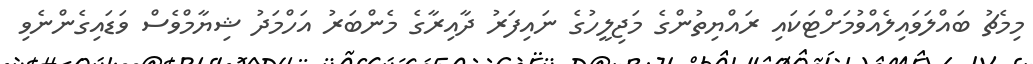
މިމެޗު ބައްލަވައިލެއްވުމަށްޓަކައި ރައްޔިތުންގެ މަޖިލީހުގެ ނައިފަރު ދާއިރާގެ މެންބަރު އަހްމަދު ޝިޔާމްވެސް ވަޑައިގެންނެވި